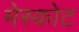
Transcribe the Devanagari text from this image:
मेस्कोट